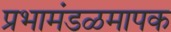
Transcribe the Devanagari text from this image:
प्रभामंडळमापक